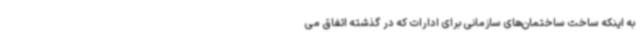
به اینکه ساخت ساختمان‌های سازمانی برای ادارات که در گذشته اتفاق می